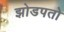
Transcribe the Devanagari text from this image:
झोडपतो